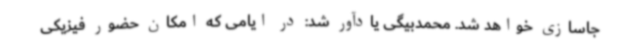
جاسازی خواهد شد. محمدبیگی یادآور شد: در ایامی که امکان حضور فیزیکی